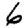
Digit: 6